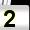
Digit: 2